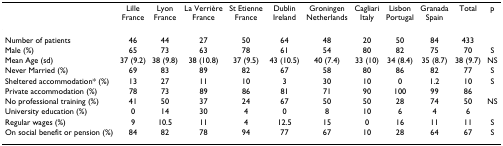
<table><thead><tr><td></td><td><b>Lille France</b></td><td><b>Lyon France</b></td><td><b>La Verrière France</b></td><td><b>St Etienne France</b></td><td><b>Dublin Ireland</b></td><td><b>Groningen Netherlands</b></td><td><b>Cagliari Italy</b></td><td><b>Lisbon Portugal</b></td><td><b>Granada Spain</b></td><td><b>Total</b></td><td><b>p</b></td></tr></thead><tbody><tr><td>Number of patients</td><td>46</td><td>44</td><td>27</td><td>50</td><td>64</td><td>48</td><td>20</td><td>50</td><td>84</td><td>433</td><td></td></tr><tr><td>Male (%)</td><td>65</td><td>73</td><td>63</td><td>78</td><td>61</td><td>54</td><td>80</td><td>82</td><td>75</td><td>70</td><td>S</td></tr><tr><td>Mean Age (sd)</td><td>37 (9.2)</td><td>38 (9.8)</td><td>38 (10.8)</td><td>37 (9.5)</td><td>43 (10.5)</td><td>40 (7.4)</td><td>33 (10)</td><td>34 (8.4)</td><td>35 (8.7)</td><td>38 (9.7)</td><td>NS</td></tr><tr><td>Never Married (%)</td><td>69</td><td>83</td><td>89</td><td>82</td><td>67</td><td>58</td><td>80</td><td>86</td><td>82</td><td>77</td><td>S</td></tr><tr><td>Sheltered accommodation* (%)</td><td>13</td><td>27</td><td>11</td><td>10</td><td>3</td><td>30</td><td>10</td><td>0</td><td>1.2</td><td>10</td><td>S</td></tr><tr><td>Private accommodation (%)</td><td>78</td><td>73</td><td>89</td><td>86</td><td>81</td><td>71</td><td>90</td><td>100</td><td>99</td><td>86</td><td></td></tr><tr><td>No professional training (%)</td><td>41</td><td>50</td><td>37</td><td>24</td><td>67</td><td>50</td><td>50</td><td>28</td><td>74</td><td>50</td><td>NS</td></tr><tr><td>University education (%)</td><td>0</td><td>14</td><td>30</td><td>4</td><td>0</td><td>8</td><td>10</td><td>6</td><td>4</td><td>6</td><td></td></tr><tr><td>Regular wages (%)</td><td>9</td><td>10.5</td><td>11</td><td>4</td><td>12.5</td><td>15</td><td>0</td><td>16</td><td>11</td><td>11</td><td>S</td></tr><tr><td>On social benefit or pension (%)</td><td>84</td><td>82</td><td>78</td><td>94</td><td>77</td><td>67</td><td>10</td><td>28</td><td>64</td><td>67</td><td>S</td></tr></tbody></table>